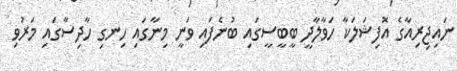
ނައިޖިރިއާގެ އޮފިޝަލަކާ ހަވާލާދީ ބީބީސީގައި ބުނެފައި ވަނީ މިނާގައި ހިނގި ހާދިސާގައި މަރުވި